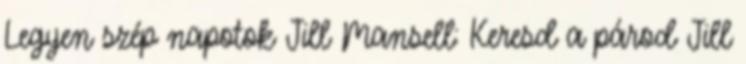
Legyen szép napotok Jill Mansell: Keresd a párod Jill